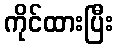
ကိုင်ထားပြီး